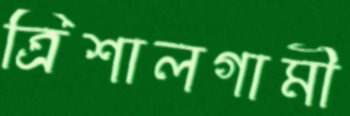
ত্রিশালগামী